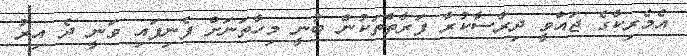
އެމެރިކާގެ ޖައްވީ ދިރާސާކުރާ ފަރާތްތަކުން ބުނީ މިހާތަނަށް ފެނިފައި ވަނީ ދެ އިރު